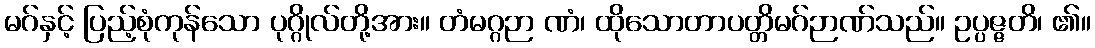
မဂ်နှင့် ပြည့်စုံကုန်သော ပုဂ္ဂိုလ်တို့အား။ တံမဂ္ဂဉာ ဏံ၊ ထိုသောတာပတ္တိမဂ်ဉာဏ်သည်။ ဥပ္ပဇ္ဇတိ၊ ၏။